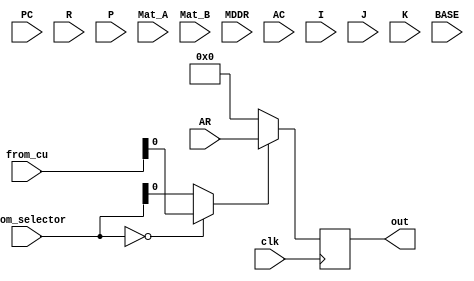
module BUS(
    input clk,
    input [4:0] from_selector,
    input [4:0] from_cu,
    input [15:0] AR,
    input [15:0] PC,
    input [15:0] R,
    input [15:0] P,
    input [15:0] Mat_A,
    input [15:0] Mat_B,
    input [15:0] MDDR,
    input [15:0] AC,
    input [15:0] I,
    input [15:0] J,
    input [15:0] K,
    input [15:0] BASE,
    output reg [15:0] out) ;
    reg  reg_select;
always @(posedge clk)
    begin
    if (from_selector==0)reg_select=from_cu;
    else reg_select=from_selector;
    case(reg_select)
        5'd1: out = AR;
        5'd2: out = PC;
        5'd4: out = MDDR;
        5'd7: out = BASE;
        5'd8: out = I;
        5'd11: out = J;
        5'd14: out = K;
        5'd16: out = P;
        5'd17: out = R;
        5'd20: out = AC;
        5'd21: out = Mat_A;
        5'd22: out = Mat_B;
        default: out= 16'd0;
    endcase
    end
endmodule